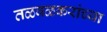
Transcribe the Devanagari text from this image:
तळवळकरांच्या